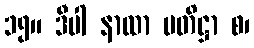
၁၅။ ဒီပါ နာထာ ပတိဋ္ဌာ စ၊